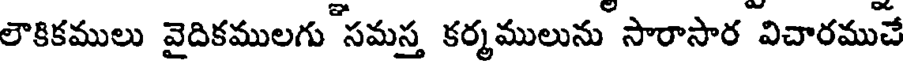
లౌకికములు వైదికములగు సమస్త కర్మములును సారాసార విచారముచే